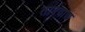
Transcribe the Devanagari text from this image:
तारवाद्य